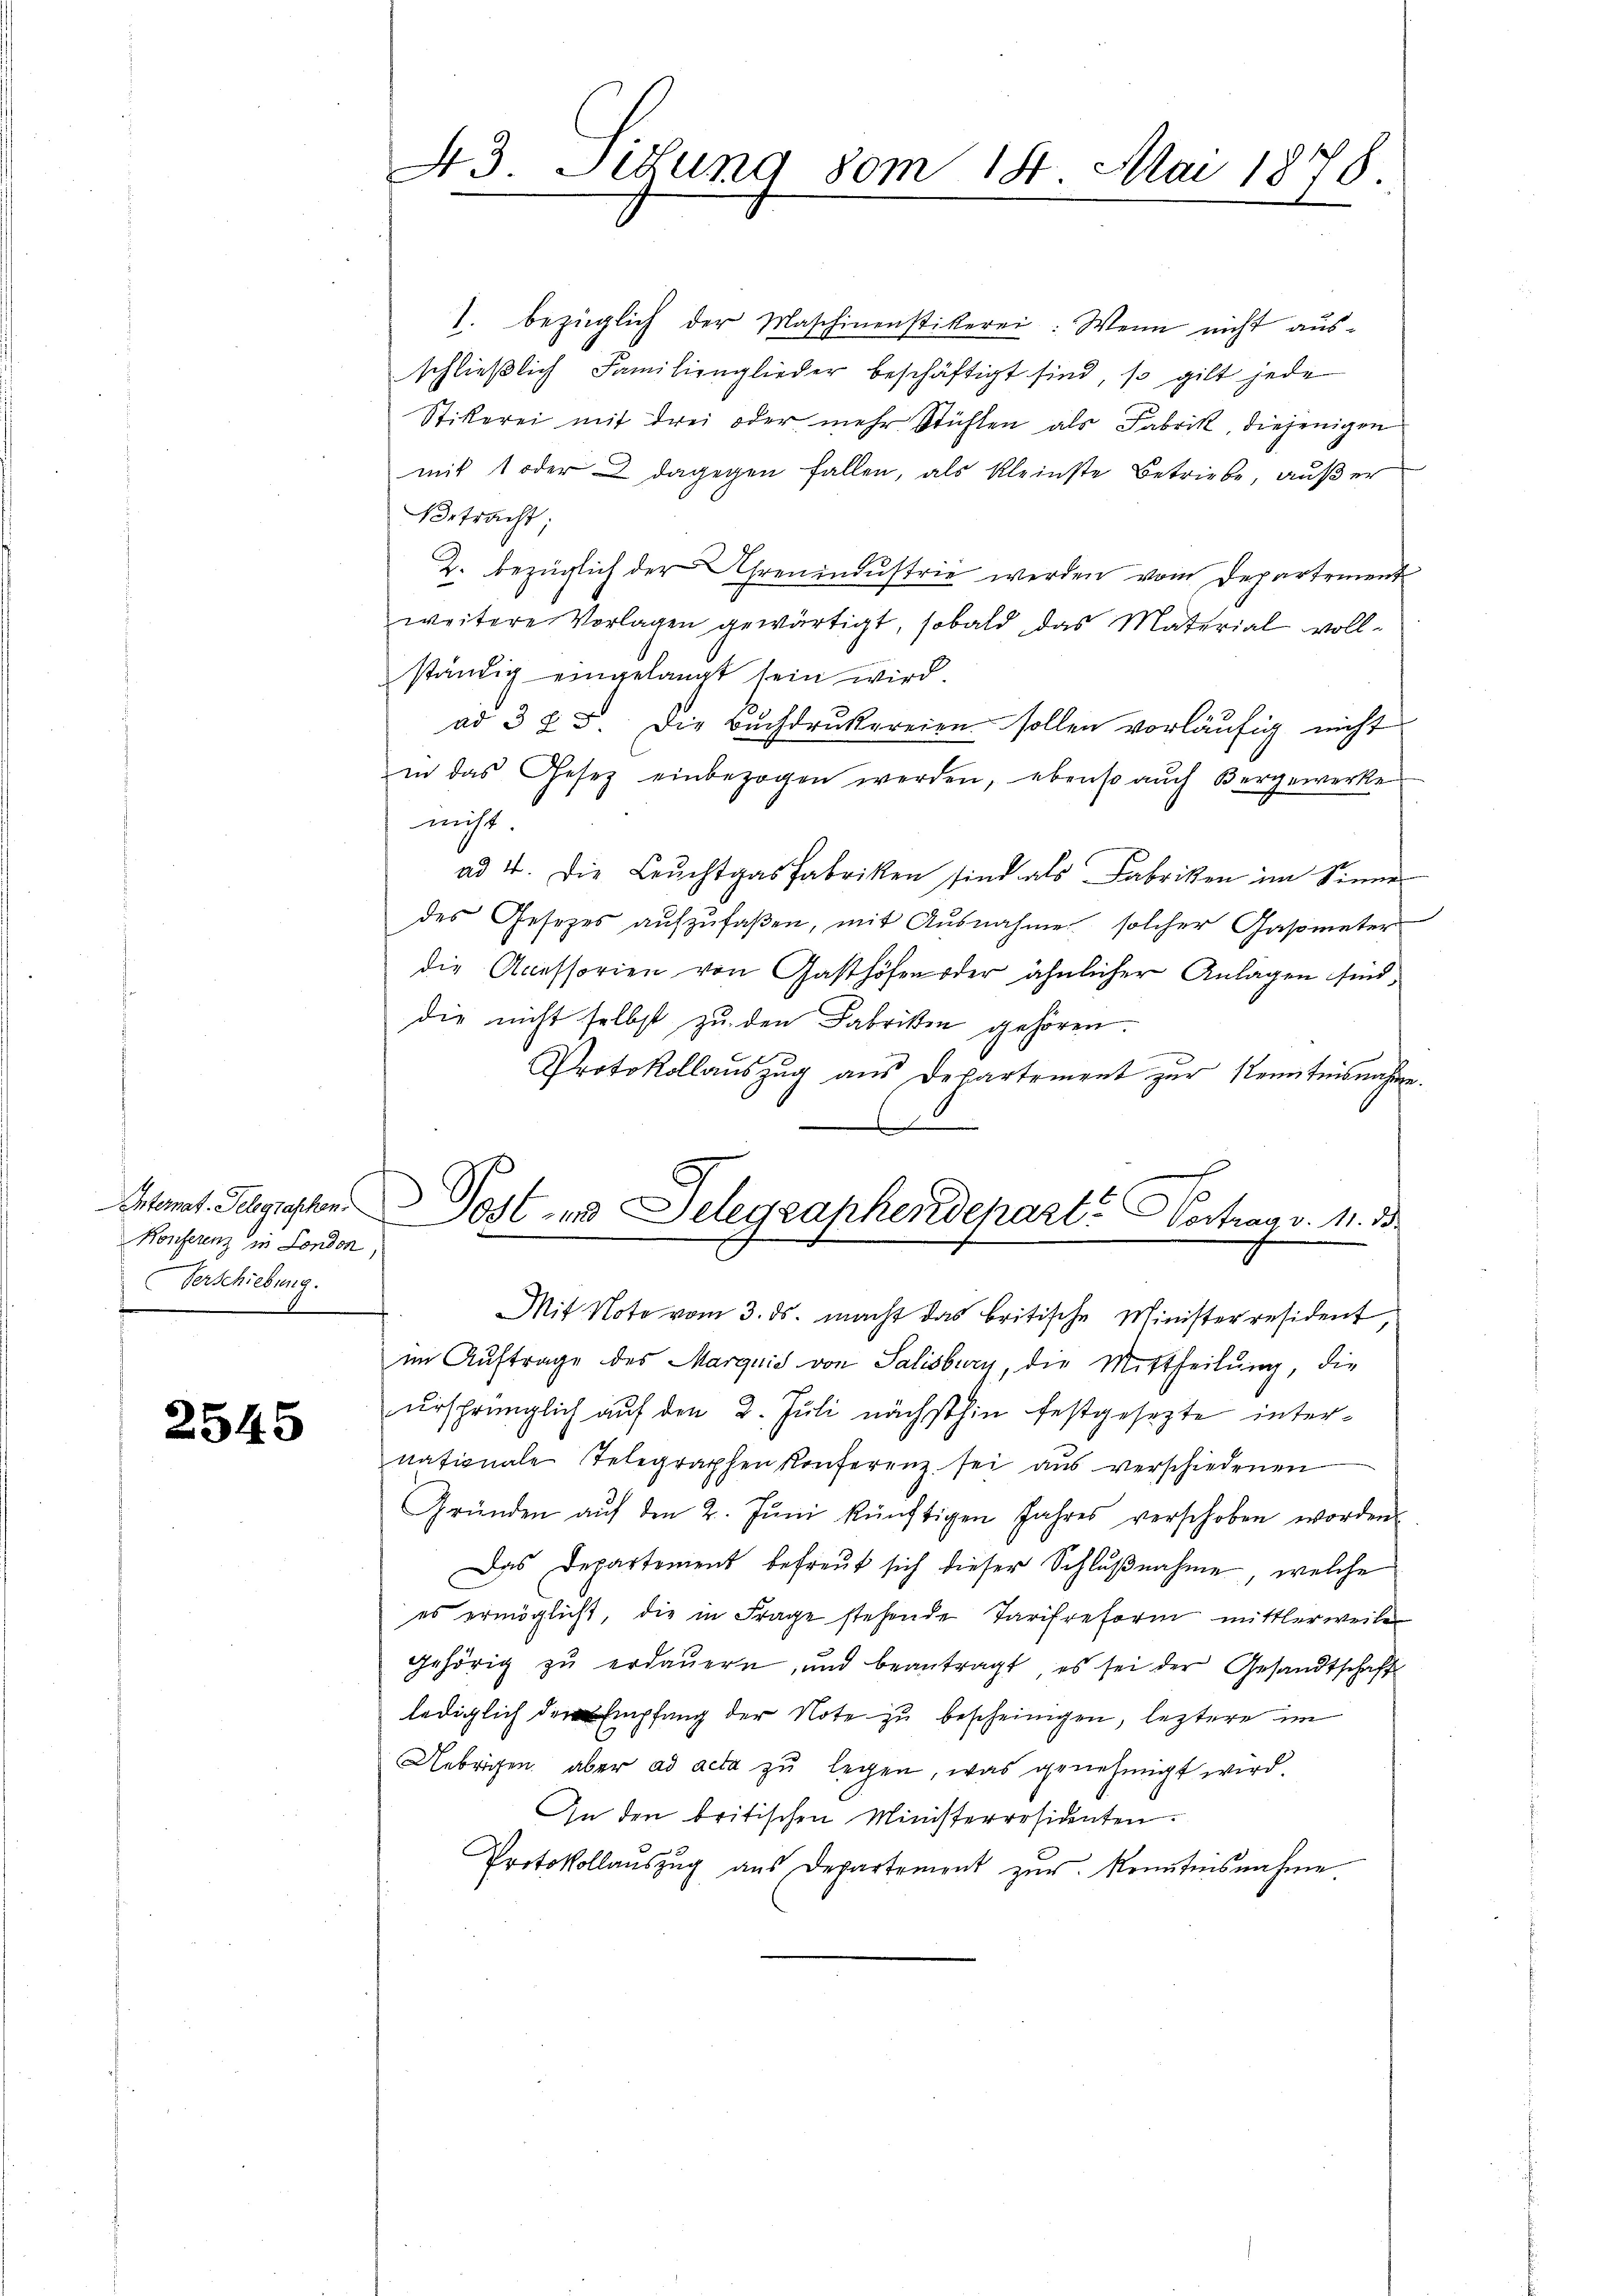
Konferenz in London
Verschiebung.
f

2545

43. Situng vom 14. Mai 1878.
.

1. bezüglich der Maschinenstikerei: Wenn nicht aus-
schließlich Familienglieder beschäftigt sind, so gilt jede
Stikerei mit drei oder mehr Stühlen als Fabrik, diejenigen
mit 1 oder 2 dagegen fallen, als Kleinste Betriebe, außer
Betracht;
2. bezüglich der Ehrenindustrie werden vom Departement
weitere Vorlagen gewärtigt, sobald das Material vollständig eingelangt sein wird.
ad 3 § 5. Die Buchdrukereien sollen vorläufig nicht
in das Gesetz einbezogen werden, ebenso aŭch dergewerke
nicht.
ad 4. Die Leŭchtgas Fabriken sind als Fabrikon im Sinner
des Gesetzes aŭfzŭfaβen, mit Ausnahme solcher Gasometer
die Accessorien von Gasthöfen oder ähnlicher Anlagen sind,
die nicht selbst zu den Fabristen gehören.
Protokollaŭszŭg aŭs Departement zŭr Kenntnisnahme.
Atamt Belgischen Post- und Telegraphendepart? Wortrag v. 11. 3
.
Mit Note vom 3. ds. macht das britische Ministerresident,
im Auftrage des Marquid von Salisburg, die Mittheilung, die
ursprünglich auf den 2. Juli nächsthin festgesezte internationale Telegraphen konferenz sei aus verschiedenen
Gründen aŭf den 2. Jŭni künftigen Jahres verschoben worden.
Das Departement befreut sich dieser Schlußnahme, welche
es ermöglicht, die in Frage stehende Tarifreform mittlerweilen
gehörig zŭ erdaŭern, und beantragt, es sei der Gesandtschaft
lediglich den Empfang der Note zu bescheinigen, leztere im
Uebrigen aber ad acta zu legen, was genehmigt wird.
In den britischen Ministerrosidenten.
Protokollauszug aus Departement zŭr Kenntnisnahme